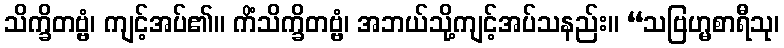
သိက္ခိတဗ္ဗံ၊ ကျင့်အပ်၏။ ကိံသိက္ခိတဗ္ဗံ၊ အဘယ်သို့ကျင့်အပ်သနည်း။ “သဗြဟ္မစာရီသု၊